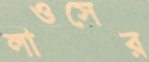
লাওসের